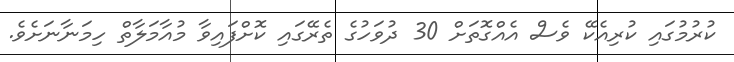
ކުރުމުގައި ކުރިއެކޭ ވެސް އެއްގޮތަށް 30 ދުވަހުގެ ތެރޭގައި ކޮށްފައިވާ މުއާމަލާތް ހިމަނާނަށެވެ.